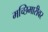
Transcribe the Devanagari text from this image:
मच्छिमारीवर